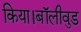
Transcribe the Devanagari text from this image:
किया।बॉलीवुड